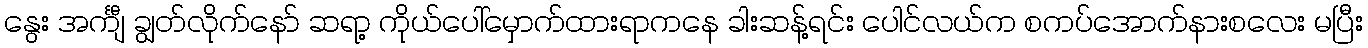
နွေး အင်္ကျီ ချွတ်လိုက်နော် ဆရာ့ ကိုယ်ပေါ်မှောက်ထားရာကနေ ခါးဆန့်ရင်း ပေါင်လယ်က စကပ်အောက်နားစလေး မပြီး